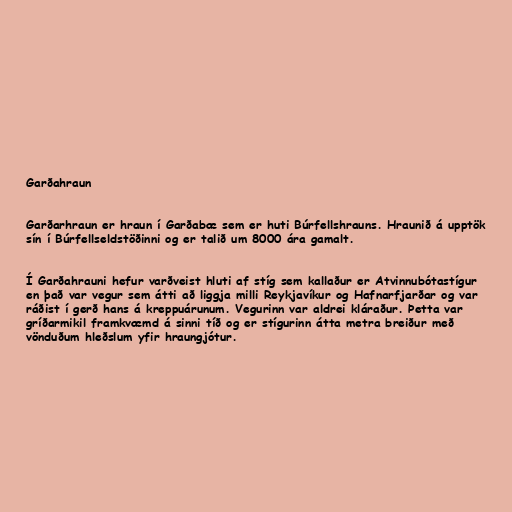
Garðahraun

Garðarhraun er hraun í Garðabæ sem er huti Búrfellshrauns. Hraunið á upptök
sín í Búrfellseldstöðinni og er talið um 8000 ára gamalt.

Í Garðahrauni hefur varðveist hluti af stíg sem kallaður er Atvinnubótastígur
en það var vegur sem átti að liggja milli Reykjavíkur og Hafnarfjarðar og var
ráðist í gerð hans á kreppuárunum. Vegurinn var aldrei kláraður. Þetta var
gríðarmikil framkvæmd á sinni tíð og er stígurinn átta metra breiður með
vönduðum hleðslum yfir hraungjótur.